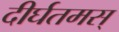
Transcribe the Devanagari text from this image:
दीर्घतमस्‌